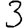
Digit: 3